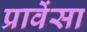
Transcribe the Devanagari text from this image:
प्रावेंसा